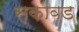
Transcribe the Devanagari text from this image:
स्कावड